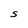
Character: S